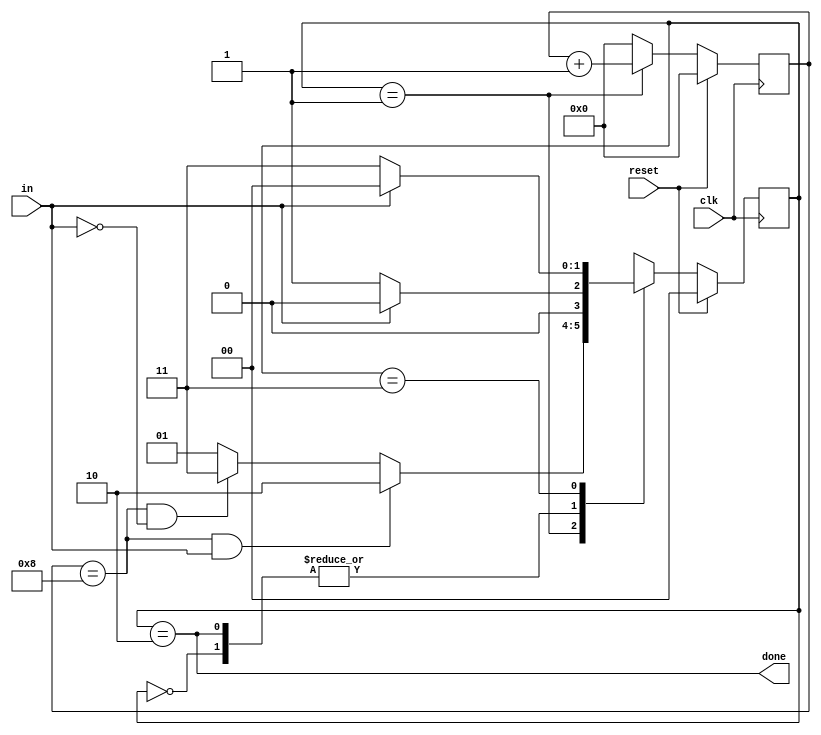
module top_module(
    input clk,
    input in,
    input reset,    // Synchronous reset
    output done
); 
    
    // State Definition
    parameter [1:0] IDLE 	= 2'b00,  // Wait for start bit
    				DATA_RX = 2'b01,  // Once start bit is recieved jump to this state
    								  // count till 8 and check for Stop bit
    				DONE	= 2'b10,  // If Stop bit is recieved jump to this state
    								  // else jump tio ideal state
    				WAIT    = 2'b11;  // Wait here if Stop bit is not recieved
    
    reg [1:0] state, next_state;
    reg [3:0] counter;  // I dont know why HDL Bits is not supporting reg counters :-(
    
    always @ (*)
        begin
            case (state)
                IDLE: 	 next_state <= (~in) ? DATA_RX : IDLE;
                DATA_RX: next_state <= (counter == 4'b1000 && in) ? DONE : (counter == 4'b1000 && ~in) ? WAIT : DATA_RX;
                DONE: 	 next_state <= (~in) ? DATA_RX : IDLE;
                WAIT:    next_state <= (in) ? IDLE: WAIT;
            endcase
          end
    
    always @ (posedge clk)
        begin
            if (reset)
            	counter <= 0;
            else if (state == DATA_RX)
                counter <= counter + 4'b1;
            else
                counter <= 0;
        end
    
    always @ (posedge clk)
        begin
            if (reset)
                state <= IDLE;
            else
                state <= next_state;
        end
    
    assign done = (state == DONE);

endmodule